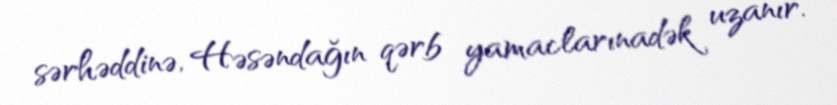
sərhəddinə, Həsəndağın qərb yamaclarınadək uzanır.